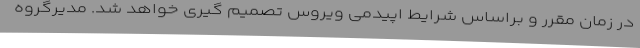
در زمان مقرر و براساس شرایط اپیدمی ویروس تصمیم گیری خواهد شد. مدیرگروه